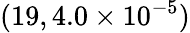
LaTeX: (19,4.0\times 10^{-5})